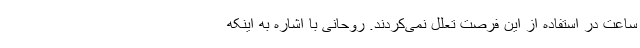
ساعت در استفاده از این فرصت تعلل نمی‌کردند. روحانی با اشاره به اینکه